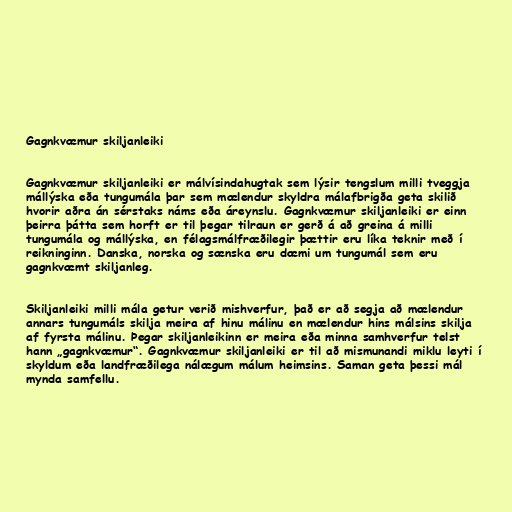
Gagnkvæmur skiljanleiki

Gagnkvæmur skiljanleiki er málvísindahugtak sem lýsir tengslum milli tveggja
mállýska eða tungumála þar sem mælendur skyldra málafbrigða geta skilið
hvorir aðra án sérstaks náms eða áreynslu. Gagnkvæmur skiljanleiki er einn
þeirra þátta sem horft er til þegar tilraun er gerð á að greina á milli
tungumála og mállýska, en félagsmálfræðilegir þættir eru líka teknir með í
reikninginn. Danska, norska og sænska eru dæmi um tungumál sem eru
gagnkvæmt skiljanleg.

Skiljanleiki milli mála getur verið mishverfur, það er að segja að mælendur
annars tungumáls skilja meira af hinu málinu en mælendur hins málsins skilja
af fyrsta málinu. Þegar skiljanleikinn er meira eða minna samhverfur telst
hann „gagnkvæmur“. Gagnkvæmur skiljanleiki er til að mismunandi miklu leyti í
skyldum eða landfræðilega nálægum málum heimsins. Saman geta þessi mál
mynda samfellu.